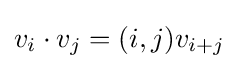
v_{i}\cdot v_{j}=(i,j)v_{i+j}